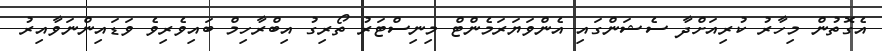
އެގޮތުން މިހާރު ކުރިއަށްދާ ސެޝަންގައި އެންވަޔަރަމެންޓް މިނިސްޓަރު ތޯރިގު އިބްރާހިމް ބައިވެރިވެ ވަޑައިންނަވާއިރު